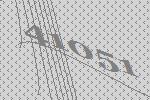
41051